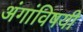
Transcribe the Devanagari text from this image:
अंगांविषयी